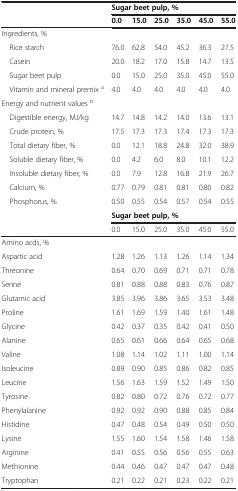
<table><thead><tr><td><b> </b></td><td colspan="6"><b>Sugar beet pulp, %</b></td></tr><tr><td><b> </b></td><td><b>0.0</b></td><td><b>15.0</b></td><td><b>25.0</b></td><td><b>35.0</b></td><td><b>45.0</b></td><td><b>55.0</b></td></tr></thead><tbody><tr><td>Ingredients, %</td><td> </td><td> </td><td> </td><td> </td><td> </td><td> </td></tr><tr><td> Rice starch</td><td>76.0</td><td>62.8</td><td>54.0</td><td>45.2</td><td>36.3</td><td>27.5</td></tr><tr><td> Casein</td><td>20.0</td><td>18.2</td><td>17.0</td><td>15.8</td><td>14.7</td><td>13.5</td></tr><tr><td> Sugar beet pulp</td><td>0.0</td><td>15.0</td><td>25.0</td><td>35.0</td><td>45.0</td><td>55.0</td></tr><tr><td> Vitamin and mineral premix <sup>a</sup></td><td>4.0</td><td>4.0</td><td>4.0</td><td>4.0</td><td>4.0</td><td>4.0</td></tr><tr><td colspan="7">Energy and nutrient values <sup>b</sup></td></tr><tr><td> Digestible energy, MJ/kg</td><td>14.7</td><td>14.8</td><td>14.2</td><td>14.0</td><td>13.6</td><td>13.1</td></tr><tr><td> Crude protein, %</td><td>17.5</td><td>17.3</td><td>17.3</td><td>17.4</td><td>17.3</td><td>17.3</td></tr><tr><td> Total dietary fiber, %</td><td>0.0</td><td>12.1</td><td>18.8</td><td>24.8</td><td>32.0</td><td>38.9</td></tr><tr><td> Soluble dietary fiber, %</td><td>0.0</td><td>4.2</td><td>6.0</td><td>8.0</td><td>10.1</td><td>12.2</td></tr><tr><td> Insoluble dietary fiber, %</td><td>0.0</td><td>7.9</td><td>12.8</td><td>16.8</td><td>21.9</td><td>26.7</td></tr><tr><td> Calcium, %</td><td>0.77</td><td>0.79</td><td>0.81</td><td>0.81</td><td>0.80</td><td>0.82</td></tr><tr><td> Phosphorus, %</td><td>0.50</td><td>0.55</td><td>0.54</td><td>0.57</td><td>0.54</td><td>0.55</td></tr><tr><td> </td><td colspan="6"><b>Sugar beet pulp, %</b></td></tr><tr><td> </td><td>0.0</td><td>15.0</td><td>25.0</td><td>35.0</td><td>45.0</td><td>55.0</td></tr><tr><td>Amino acds, %</td><td> </td><td> </td><td> </td><td> </td><td> </td><td> </td></tr><tr><td>Aspartic acid</td><td>1.28</td><td>1.26</td><td>1.13</td><td>1.26</td><td>1.14</td><td>1.34</td></tr><tr><td>Threonine</td><td>0.64</td><td>0.70</td><td>0.69</td><td>0.71</td><td>0.71</td><td>0.78</td></tr><tr><td>Serine</td><td>0.81</td><td>0.88</td><td>0.88</td><td>0.83</td><td>0.76</td><td>0.87</td></tr><tr><td>Glutamic acid</td><td>3.85</td><td>3.96</td><td>3.86</td><td>3.65</td><td>3.53</td><td>3.48</td></tr><tr><td>Proline</td><td>1.61</td><td>1.69</td><td>1.59</td><td>1.40</td><td>1.61</td><td>1.48</td></tr><tr><td>Glycine</td><td>0.42</td><td>0.37</td><td>0.35</td><td>0.42</td><td>0.41</td><td>0.50</td></tr><tr><td>Alanine</td><td>0.65</td><td>0.61</td><td>0.66</td><td>0.64</td><td>0.65</td><td>0.68</td></tr><tr><td>Valine</td><td>1.08</td><td>1.14</td><td>1.02</td><td>1.11</td><td>1.00</td><td>1.14</td></tr><tr><td>Isoleucine</td><td>0.89</td><td>0.90</td><td>0.85</td><td>0.86</td><td>0.82</td><td>0.85</td></tr><tr><td>Leucine</td><td>1.56</td><td>1.63</td><td>1.59</td><td>1.52</td><td>1.49</td><td>1.50</td></tr><tr><td>Tyrosine</td><td>0.82</td><td>0.80</td><td>0.72</td><td>0.76</td><td>0.72</td><td>0.77</td></tr><tr><td>Phenylalanine</td><td>0.92</td><td>0.92</td><td>0.90</td><td>0.88</td><td>0.85</td><td>0.84</td></tr><tr><td>Histidine</td><td>0.47</td><td>0.48</td><td>0.54</td><td>0.49</td><td>0.50</td><td>0.50</td></tr><tr><td>Lysine</td><td>1.55</td><td>1.60</td><td>1.54</td><td>1.58</td><td>1.46</td><td>1.58</td></tr><tr><td>Arginine</td><td>0.41</td><td>0.55</td><td>0.56</td><td>0.56</td><td>0.55</td><td>0.63</td></tr><tr><td>Methionine</td><td>0.44</td><td>0.46</td><td>0.47</td><td>0.47</td><td>0.47</td><td>0.48</td></tr><tr><td>Tryptophan</td><td>0.21</td><td>0.22</td><td>0.21</td><td>0.23</td><td>0.22</td><td>0.21</td></tr></tbody></table>